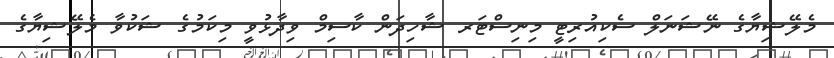
މެލޭޝިޔާގެ ނޭޝަނަލް ސެކިއުރިޓީ މިނިސްޓަރ ޝާހިދަން ކާސިމް ވިދާޅުވީ މިކަމުގެ ޝަކުވާ މެލޭޝިޔާގެ